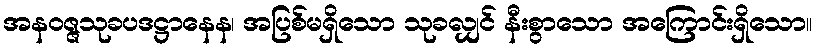
အနဝဇ္ဇသုခပဒဋ္ဌာနေန၊ အပြစ်မရှိသော သုခလျှင် နီးစွာသော အကြောင်းရှိသော။